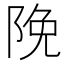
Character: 𮥊